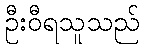
ဦးဝီရသူသည်